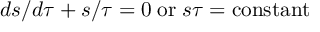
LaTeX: { d s / d \tau + s / \tau = 0 \; \mathrm { o r } \; s \tau = \mathrm { c o n s t a n t } }